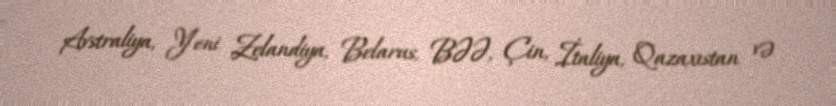
Avstraliya, Yeni Zelandiya, Belarus, BƏƏ, Çin, İtaliya, Qazaxıstan və